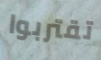
تقتربوا